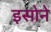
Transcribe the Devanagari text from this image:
इसोने